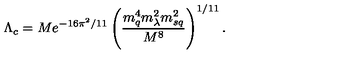
\Lambda _ { c } = M e ^ { - 1 6 \pi ^ { 2 } / 1 1 } \left( \frac { m _ { q } ^ { 4 } m _ { \lambda } ^ { 2 } m _ { s q } ^ { 2 } } { M ^ { 8 } } \right) ^ { 1 / 1 1 } .